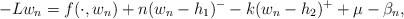
\begin{align*}-Lw_{n}=f(\cdot, w_{n})+ n(w_{n}-h_{1})^{-}-k(w_{n}-h_{2})^{+}+ \mu-\beta_{n},\end{align*}